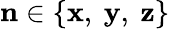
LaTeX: \mathbf{n}\in\{ \mathbf{x},~\mathbf{y},~\mathbf{z}\}